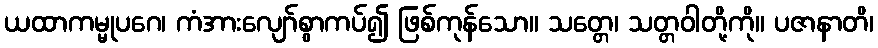
ယထာကမ္မုပဂေ၊ ကံအားလျော်စွာကပ်၍ ဖြစ်ကုန်သော။ သတ္တေ၊ သတ္တဝါတို့ကို။ ပဇာနာတိ၊